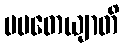
ပပတေယျာတိ